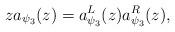
LaTeX: \begin{align*} za_{\psi_3}(z) = a_{\psi_3}^L(z) a_{\psi_3}^R(z),\end{align*}